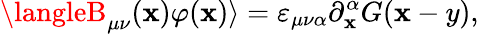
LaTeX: \langleB_{\mu\nu}(\mathbf{x})\varphi(\mathbf{x})\rangle=\varepsilon_{\mu\nu\alpha}\partial_{\mathbf{x}}^{\alpha}G(\mathbf{x}-y),